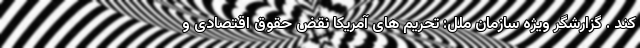
کند . گزارشگر ویژه سازمان ملل: تحریم های آمریکا نقض حقوق اقتصادی و